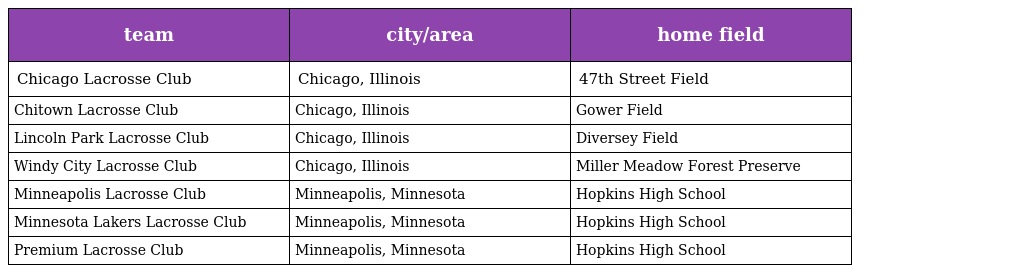
| team | city/area | home field |
 | --- | --- | --- |
 | Chicago Lacrosse Club | Chicago, Illinois | 47th Street Field |
 | Chitown Lacrosse Club | Chicago, Illinois | Gower Field |
 | Lincoln Park Lacrosse Club | Chicago, Illinois | Diversey Field |
 | Windy City Lacrosse Club | Chicago, Illinois | Miller Meadow Forest Preserve |
 | Minneapolis Lacrosse Club | Minneapolis, Minnesota | Hopkins High School |
 | Minnesota Lakers Lacrosse Club | Minneapolis, Minnesota | Hopkins High School |
 | Premium Lacrosse Club | Minneapolis, Minnesota | Hopkins High School |